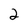
Character: 2